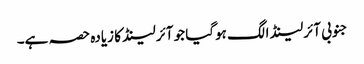
جنوبی آئرلینڈ الگ ہوگیا جو آئرلینڈ کا زیادہ حصہ ہے۔